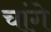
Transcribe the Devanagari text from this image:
चांगे